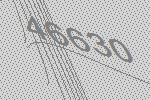
46630